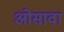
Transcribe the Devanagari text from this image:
ओसावा